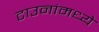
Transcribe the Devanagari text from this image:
टाउनांमध्ये